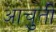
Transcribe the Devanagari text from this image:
आचुती